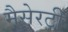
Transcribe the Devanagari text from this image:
मैसेरटी